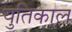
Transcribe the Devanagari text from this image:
युतिकाल